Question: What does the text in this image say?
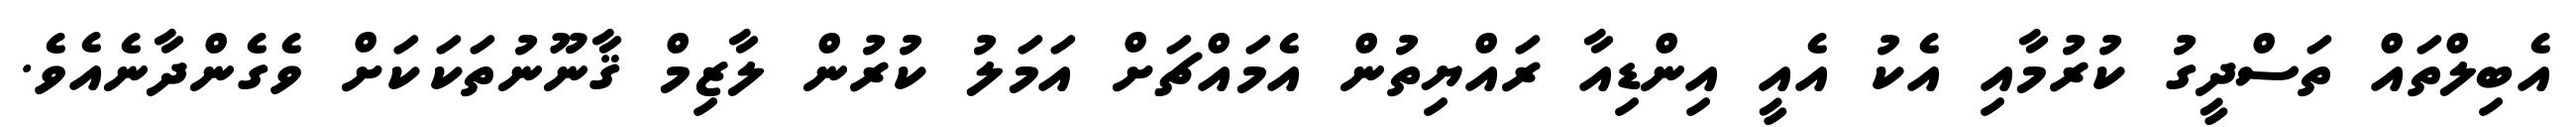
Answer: އެބިލްތައް ތަސްދީގު ކުރުމާއި އެކު އެއީ އިންޑިއާ ރައްޔިތުން އެމައްޗަށް އަމަލު ކުރުން ލާޒިމް ޤާނޫނުތަކަކަށް ވެގެންދާނެއެވެ.